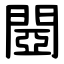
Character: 閸